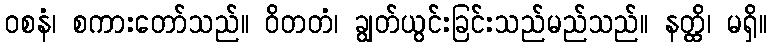
ဝစနံ၊ စကားတော်သည်။ ဝိတတံ၊ ချွတ်ယွင်းခြင်းသည်မည်သည်။ နတ္ထိ၊ မရှိ။